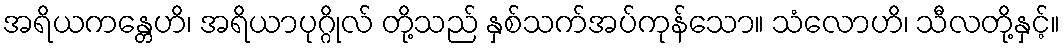
အရိယကန္တေဟိ၊ အရိယာပုဂ္ဂိုလ် တို့သည် နှစ်သက်အပ်ကုန်သော။ သံလောဟိ၊ သီလတို့နှင့်။